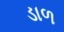
ડાળ